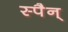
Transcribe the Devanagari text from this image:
स्पैन्